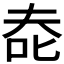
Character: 𰇔